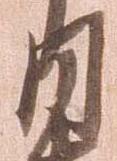
月